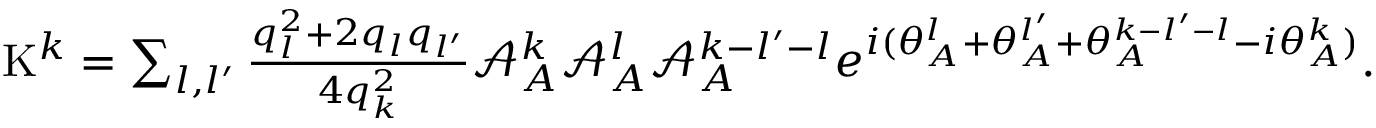
\begin{array} { r } { \mathrm { K } ^ { k } = \sum _ { l , l ^ { \prime } } \frac { q _ { l } ^ { 2 } + 2 q _ { l } q _ { l ^ { \prime } } } { 4 q _ { k } ^ { 2 } } { \mathcal { A } _ { A } ^ { k } \mathcal { A } _ { A } ^ { l } } \mathcal { A } _ { A } ^ { k - l ^ { \prime } - l } e ^ { i ( \theta _ { A } ^ { l } + \theta _ { A } ^ { l ^ { \prime } } + \theta _ { A } ^ { k - l ^ { \prime } - l } - { i \theta _ { A } ^ { k } } ) } . } \end{array}